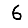
Digit: 6